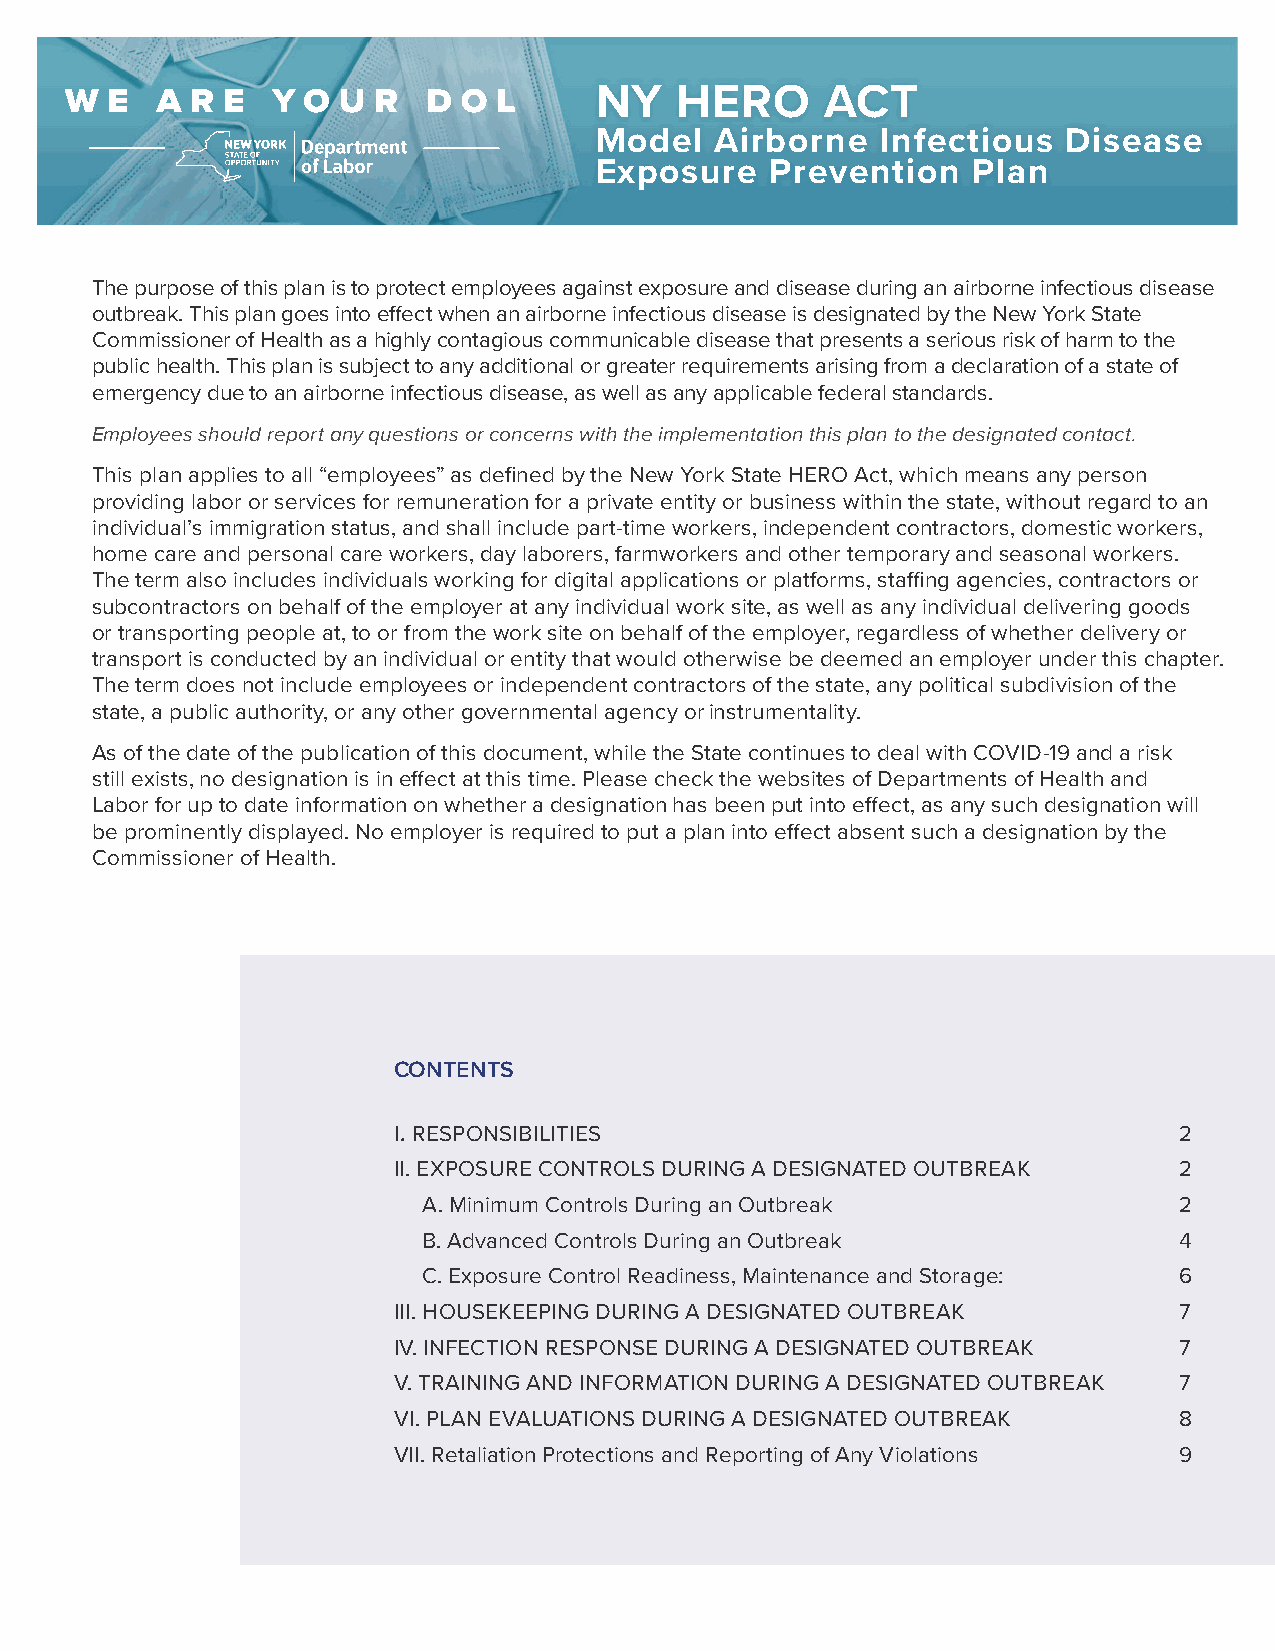
NY    HERO      ACT
 Model   Airborne   Infectious   Disease
 Exposure    Prevention   Plan
 The purpose of this plan is to protect employees against exposure and disease during an airborne infectious disease
 outbreak. This plan goes into effect when an airborne infectious disease is designated by the New York State
 Commissioner of Health as a highly contagious communicable disease that presents a serious risk of harm to the
 public health. This plan is subject to any additional or greater requirements arising from a declaration of a state of
 emergency due to an airborne infectious disease, as well as any applicable federal standards.
 Employees should report any questions or concerns with the implementation this plan to the designated contact.
 This plan applies to all “employees” as defined by the New York State HERO Act, which means any person
 providing labor or services for remuneration for a private entity or business within the state, without regard to an
 individual’s immigration status, and shall include part-time workers, independent contractors, domestic workers,
 home care and personal care workers, day laborers, farmworkers and other temporary and seasonal workers.
 The term also includes individuals working for digital applications or platforms, staffing agencies, contractors or
 subcontractors on behalf of the employer at any individual work site, as well as any individual delivering goods
 or transporting people at, to or from the work site on behalf of the employer, regardless of whether delivery or
 transport is conducted by an individual or entity that would otherwise be deemed an employer under this chapter.
 The term does not include employees or independent contractors of the state, any political subdivision of the
 state, a public authority, or any other governmental agency or instrumentality.
 As of the date of the publication of this document, while the State continues to deal with COVID-19 and a risk
 still exists, no designation is in effect at this time. Please check the websites of Departments of Health and
 Labor for up to date information on whether a designation has been put into effect, as any such designation will
 be prominently displayed. No employer is required to put a plan into effect absent such a designation by the
 Commissioner of Health.
 CONTENTS
 I. RESPONSIBILITIES                                 2
 II. EXPOSURE CONTROLS DURING A DESIGNATED OUTBREAK  2
 A. Minimum Controls During an Outbreak            2
 B. Advanced Controls During an Outbreak           4
 C. Exposure Control Readiness, Maintenance and Storage: 6
 III. HOUSEKEEPING DURING A DESIGNATED OUTBREAK      7
 IV. INFECTION RESPONSE DURING A DESIGNATED OUTBREAK 7
 V. TRAINING AND INFORMATION DURING A DESIGNATED OUTBREAK 7
 VI. PLAN EVALUATIONS DURING A DESIGNATED OUTBREAK   8
 VII. Retaliation Protections and Reporting of Any Violations 9